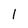
Character: 1